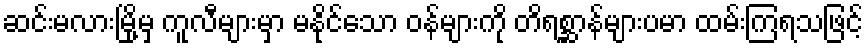
ဆင်းမလားမြို့မှ ကူလီများမှာ မနိုင်သော ဝန်များကို တိရစ္ဆာန်များပမာ ထမ်းကြရသဖြင့်